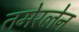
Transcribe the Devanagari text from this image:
तमेरलेन